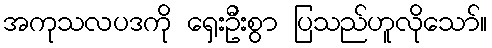
အကုသလပဒကို ရှေးဦးစွာ ပြသည်ဟူလိုသော်။